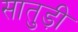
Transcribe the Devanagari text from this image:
सातुड़ी